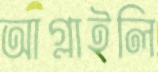
আগ্‌লাইলি